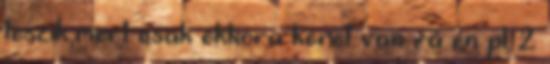
teszik,mert csak ekkora keret van rá én pl 2